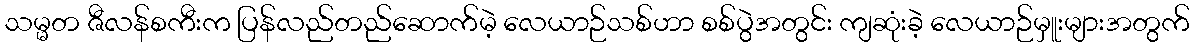
သမ္မတ ဇီလန်စကီးက ပြန်လည်တည်ဆောက်မဲ့ လေယာဉ်သစ်ဟာ စစ်ပွဲအတွင်း ကျဆုံးခဲ့ လေယာဉ်မှူးများအတွက်